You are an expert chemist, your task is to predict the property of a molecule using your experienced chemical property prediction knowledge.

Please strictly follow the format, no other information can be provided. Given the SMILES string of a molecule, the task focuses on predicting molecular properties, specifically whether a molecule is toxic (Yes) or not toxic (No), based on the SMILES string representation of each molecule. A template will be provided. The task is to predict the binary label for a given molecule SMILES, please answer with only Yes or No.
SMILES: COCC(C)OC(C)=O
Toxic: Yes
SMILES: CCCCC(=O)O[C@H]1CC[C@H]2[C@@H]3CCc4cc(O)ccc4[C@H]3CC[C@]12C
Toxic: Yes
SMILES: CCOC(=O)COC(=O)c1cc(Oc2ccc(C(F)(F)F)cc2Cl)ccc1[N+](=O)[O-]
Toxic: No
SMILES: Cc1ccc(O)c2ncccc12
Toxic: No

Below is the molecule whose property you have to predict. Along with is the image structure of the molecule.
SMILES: O=C(O)CCNC(=O)c1ccc(/N=N/c2ccc(O)c(C(=O)O)c2)cc1
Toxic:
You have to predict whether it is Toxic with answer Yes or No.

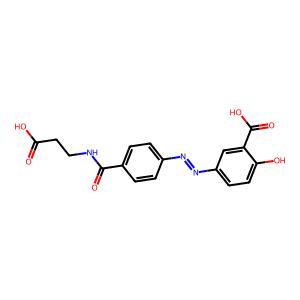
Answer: No